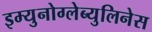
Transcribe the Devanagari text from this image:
इम्युनोग्लेब्युलिनेस